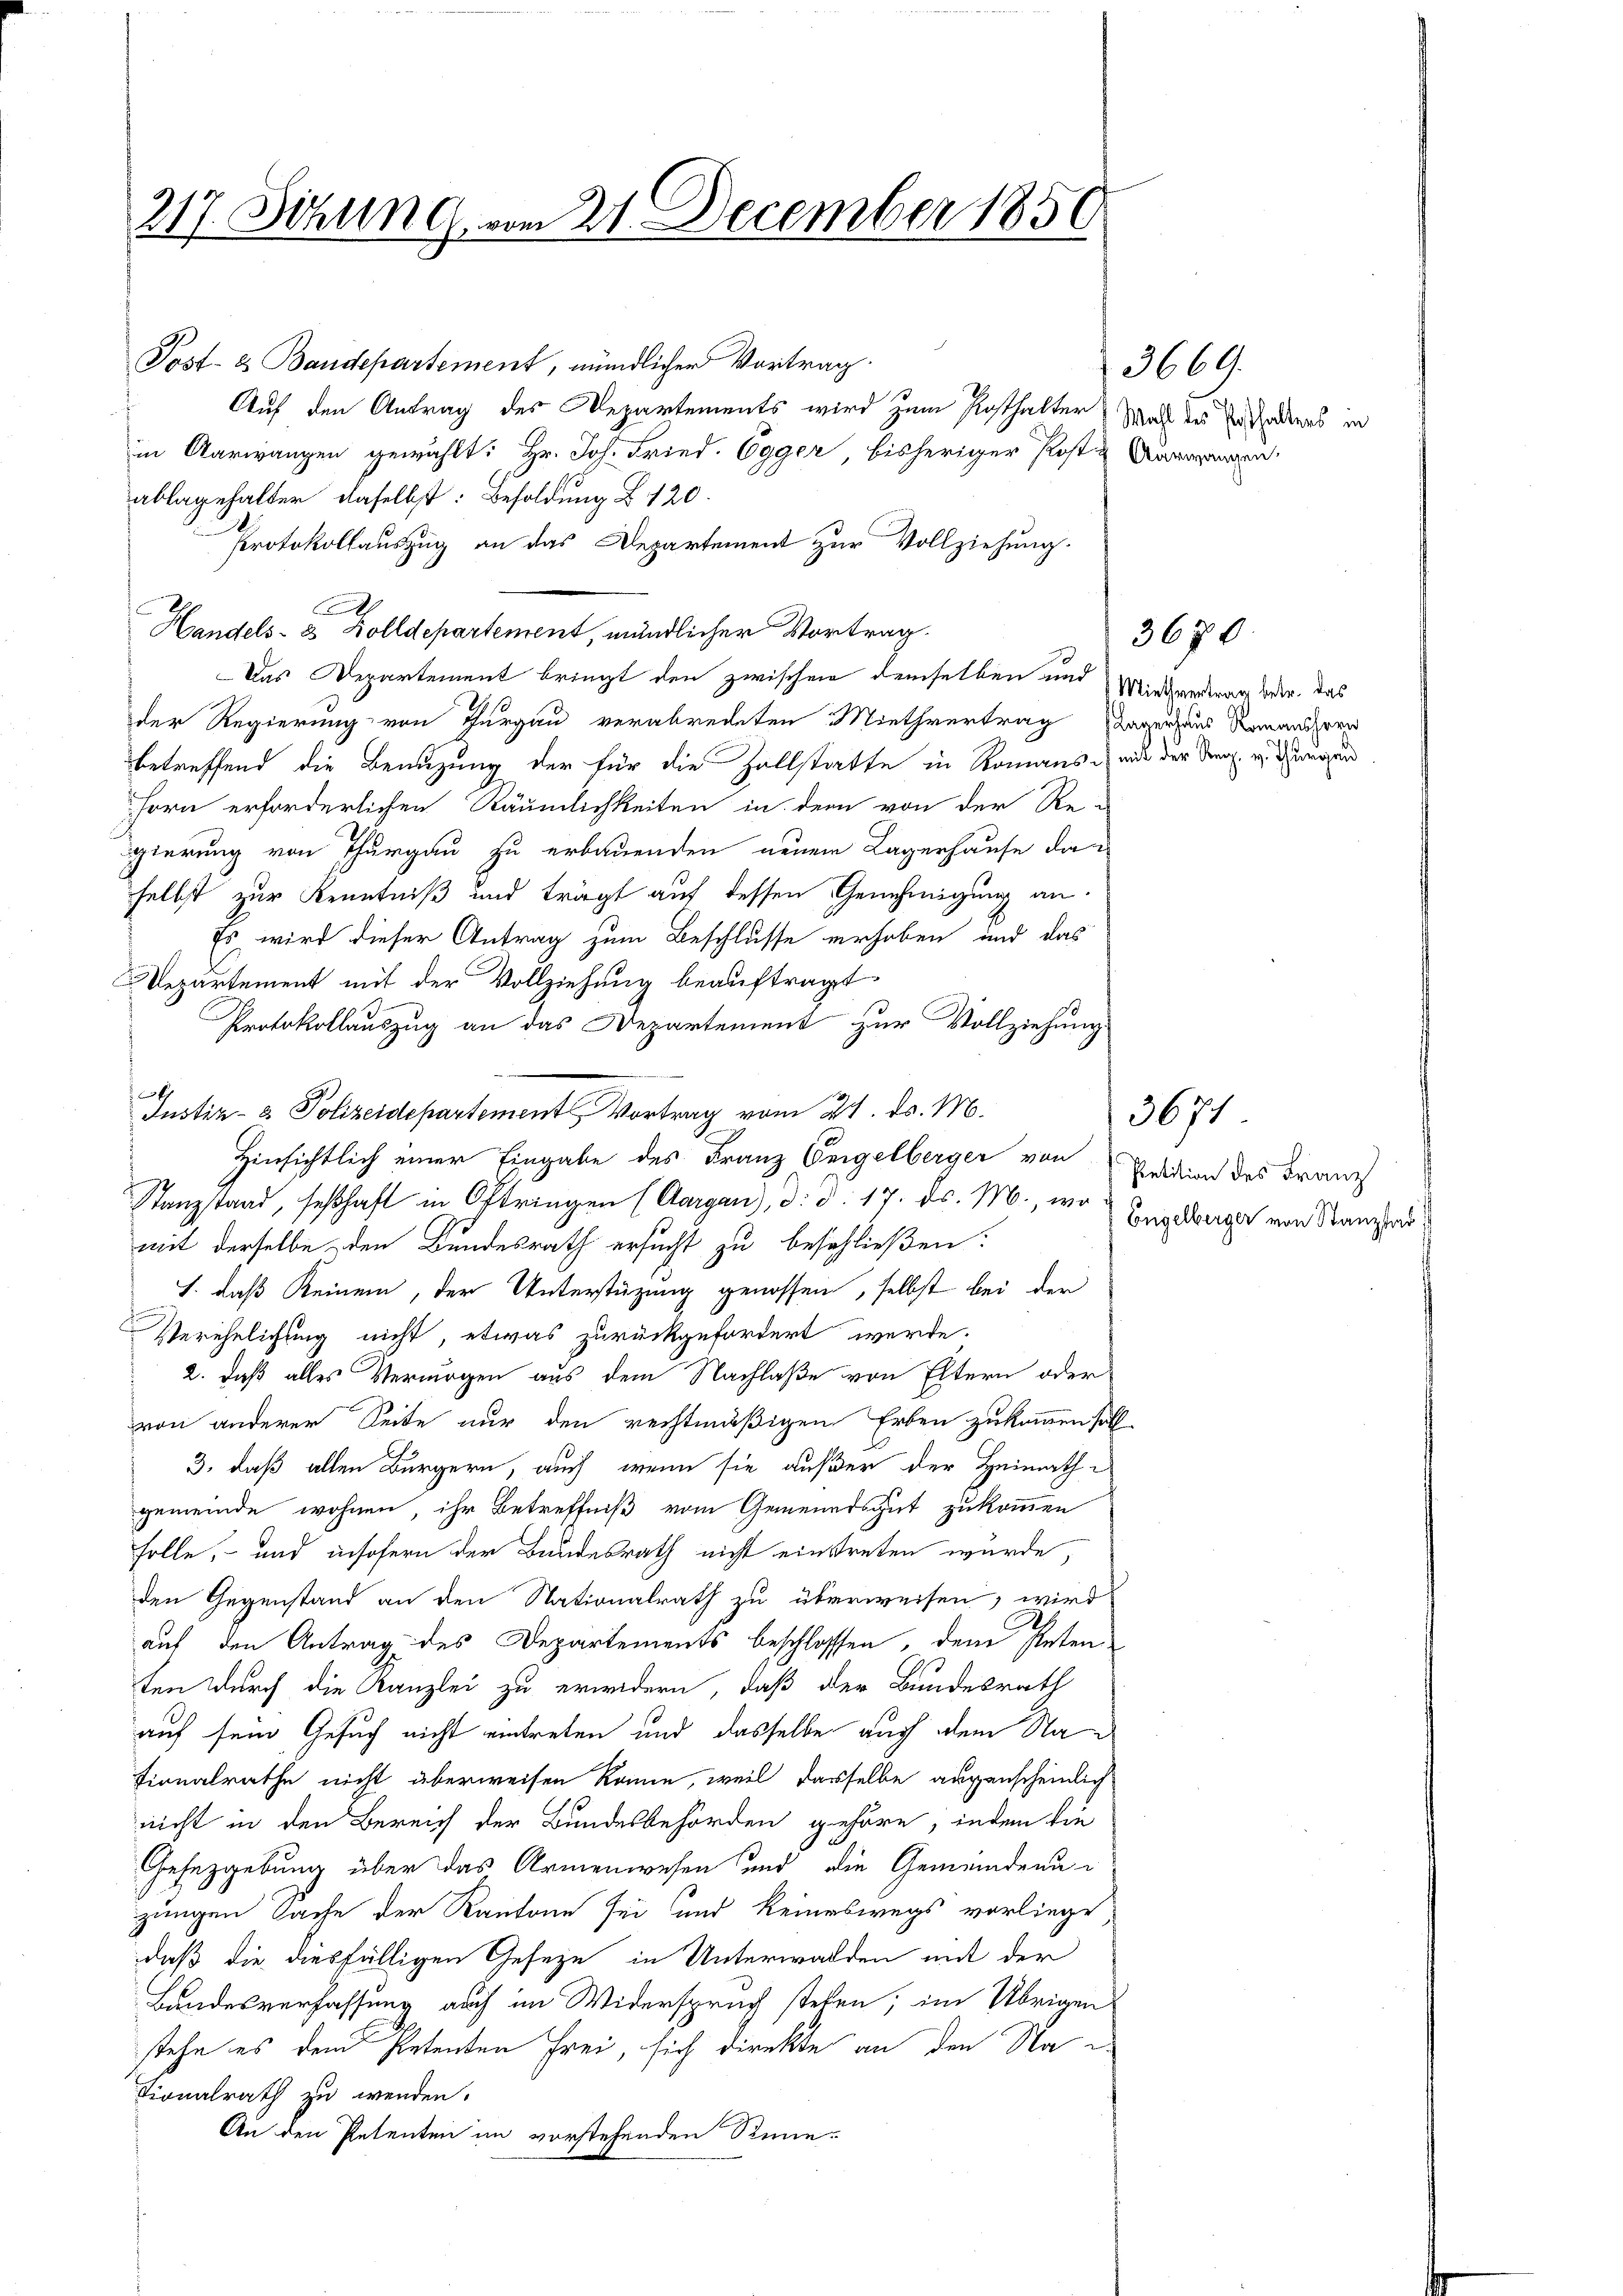
217. Sizung vom 21. December 1850

Post- & Baudepartement, mündlicher Vortrag
Auf den Antrag des Departements wird zum Posthalter Wald des Enthaltens in
in Aarwangen gewählt: Hr. Joh. Fried. Egger, bisheriger Post & Aargangen.
ablagehalter daselbst: Besoldung § 120.
Protokollauszug an das Departement zur Vollziehung.
A
Handels- & Zolldepartement, mündlicher Vortrag.
Das Departement bringt den zwischen demselben und Mietarderung oder, das
der Regierung von Thurgau verabredeten Miethvertrag Lagerhaus Romansher
betreffend die Benuzung der für die Zollstatte in Romans mit der Reg. v. Gegen
forn erforderlichen Räumlichkeiten in dem von der Re-
gierung von Thurgau zu erbauenden neuen Lagerhause dan
selbst zur Kenntniß und trägt auf dessen Genehmigung an.
Es wird dieser Antrag zum Beschlusse erhoben und das
Departement mit der Vollziehung beauftragt
Protokollauszug an das Departement zur Vollziehung
Hinsichtlich einer Eingabe des Franz Feigelberger von
Sanzstand, seßhaft in Oftringen (Aargau), d. d. 17. ds. M., wo
mit derselbe den Bundesrath ersucht zu beschließen:
J. daß keinem, der Unterstüzung genossen, selbst bei der
Verehelichung nicht, etwas zurückgefordert werde.
2. daß alles Vermögen aus dem Nachlaße von Eltern oder
von anderer Seite nur den rechtmäßigem Erben zukommen hatt
3, daß allen Bürgern, auch wenn sie außer der Heimathgemeinde wohnen, ihr Betreffniß vom Gemeindsgut zukommen
Folle, – und insofern der Bundesrath nicht einstreten wurde,
den Gegenstand an den Nationalrath zu überweisen, wird
auf den Antrag des Departements beschlossen, dem Petenten durch die Kanzlei zu erwidern, daß der Bundesrath
auf sein Gesuch nicht eintreten und dasselbe auch dem Nationalrathe nicht überweisen könne, weil dasselbe augenscheinlich
nicht in den Bereich der Bundesbehörden gehöre, indem die
Gesetzgebung über das Armenwesen und die Gemeindeaujungen Sache der Kantone sei und keineswegs vorliege
daß die diesfälligen Geseze in Unterwalden mit der
Bandesverfassung auch im Widerspruch stehen; im Übrigen
stehe es dem Petenten Frei, sich direkte an den Na
Tionalrath zu werden.
An den Petenten im vorstehenden Sine-

Iustiz- & Polizeidepartement Vortrag vom 21. d. M.

366.

3670.

Petition des Franz
Engelberger von Stanztad

3671